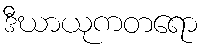
ဒီဃာယုကတရော